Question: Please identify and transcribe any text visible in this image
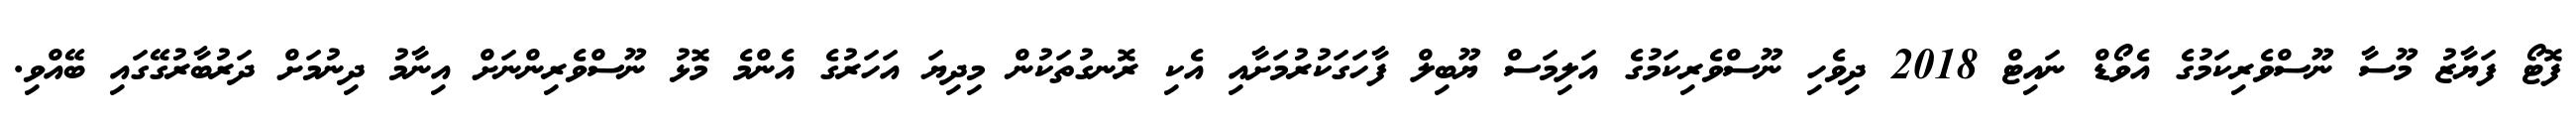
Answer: ފޮޓޯ ފަޔާޒު މޫސާ ނޫސްވެރިކަމުގެ އެވޯޑް ނައިޓް 2018 ދިވެހި ނޫސްވެރިކަމުގެ އަލިމަސް ޔޫބިލް ފާހަގަކުރުމަށާއި އެކި ރޮނގުތަކުން މިދިޔަ އަހަރުގެ އެންމެ މޮޅު ނޫސްވެރިންނަށް އިނާމު ދިނުމަށް ދަރުބާރުގޭގައި ބޭއްވި.